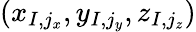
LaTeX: (x_{I,j_{x}},y_{I,j_{y}},z_{I,j_{z}})